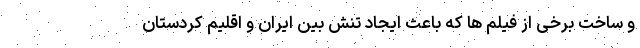
و ساخت برخی از فیلم ها که باعث ایجاد تنش بین ایران و اقلیم کردستان